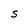
Character: S